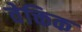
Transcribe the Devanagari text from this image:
वेक्तिक